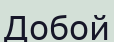
Добой